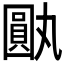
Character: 𪢰